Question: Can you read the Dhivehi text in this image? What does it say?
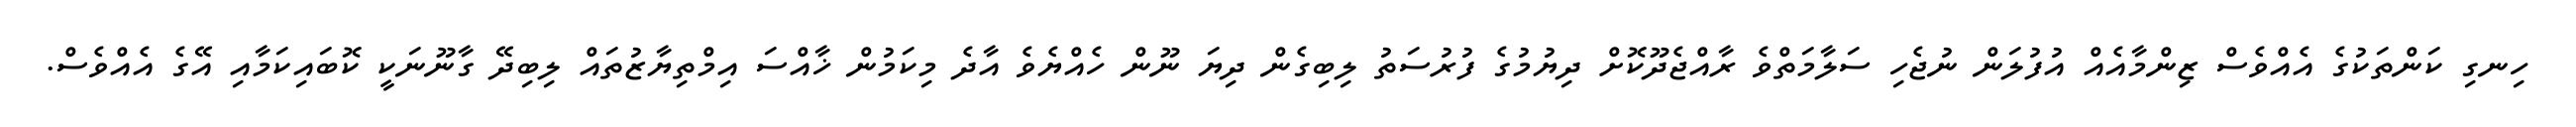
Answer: ހިނގި ކަންތަކުގެ އެއްވެސް ޒިންމާއެއް އުފުލަން ނުޖެހި ސަލާމަތްވެ ރާއްޖެދޫކޮށް ދިޔުމުގެ ފުރުސަތު ލިބިގެން ދިޔަ ނޫން ހެއްޔެވެ އާދެ މިކަމުން ޚާއްސަ އިމްތިޔާޒުތައް ލިބިދޭ ގާނޫނަކީ ކޮބައިކަމާއި އޭގެ އެއްވެސް.